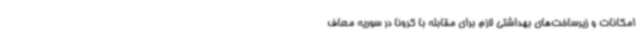
امکانات و زیرساخت‌های بهداشتی لازم برای مقابله با کرونا در سوریه معاف